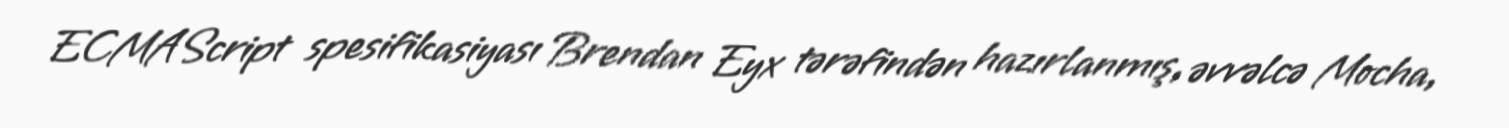
ECMAScript spesifikasiyası Brendan Eyx tərəfindən hazırlanmış, əvvəlcə Mocha,